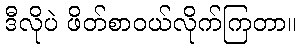
ဒီလိုပဲ ဖိတ်စာဝယ်လိုက်ကြတာ။